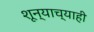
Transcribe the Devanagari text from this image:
शून्याच्याही